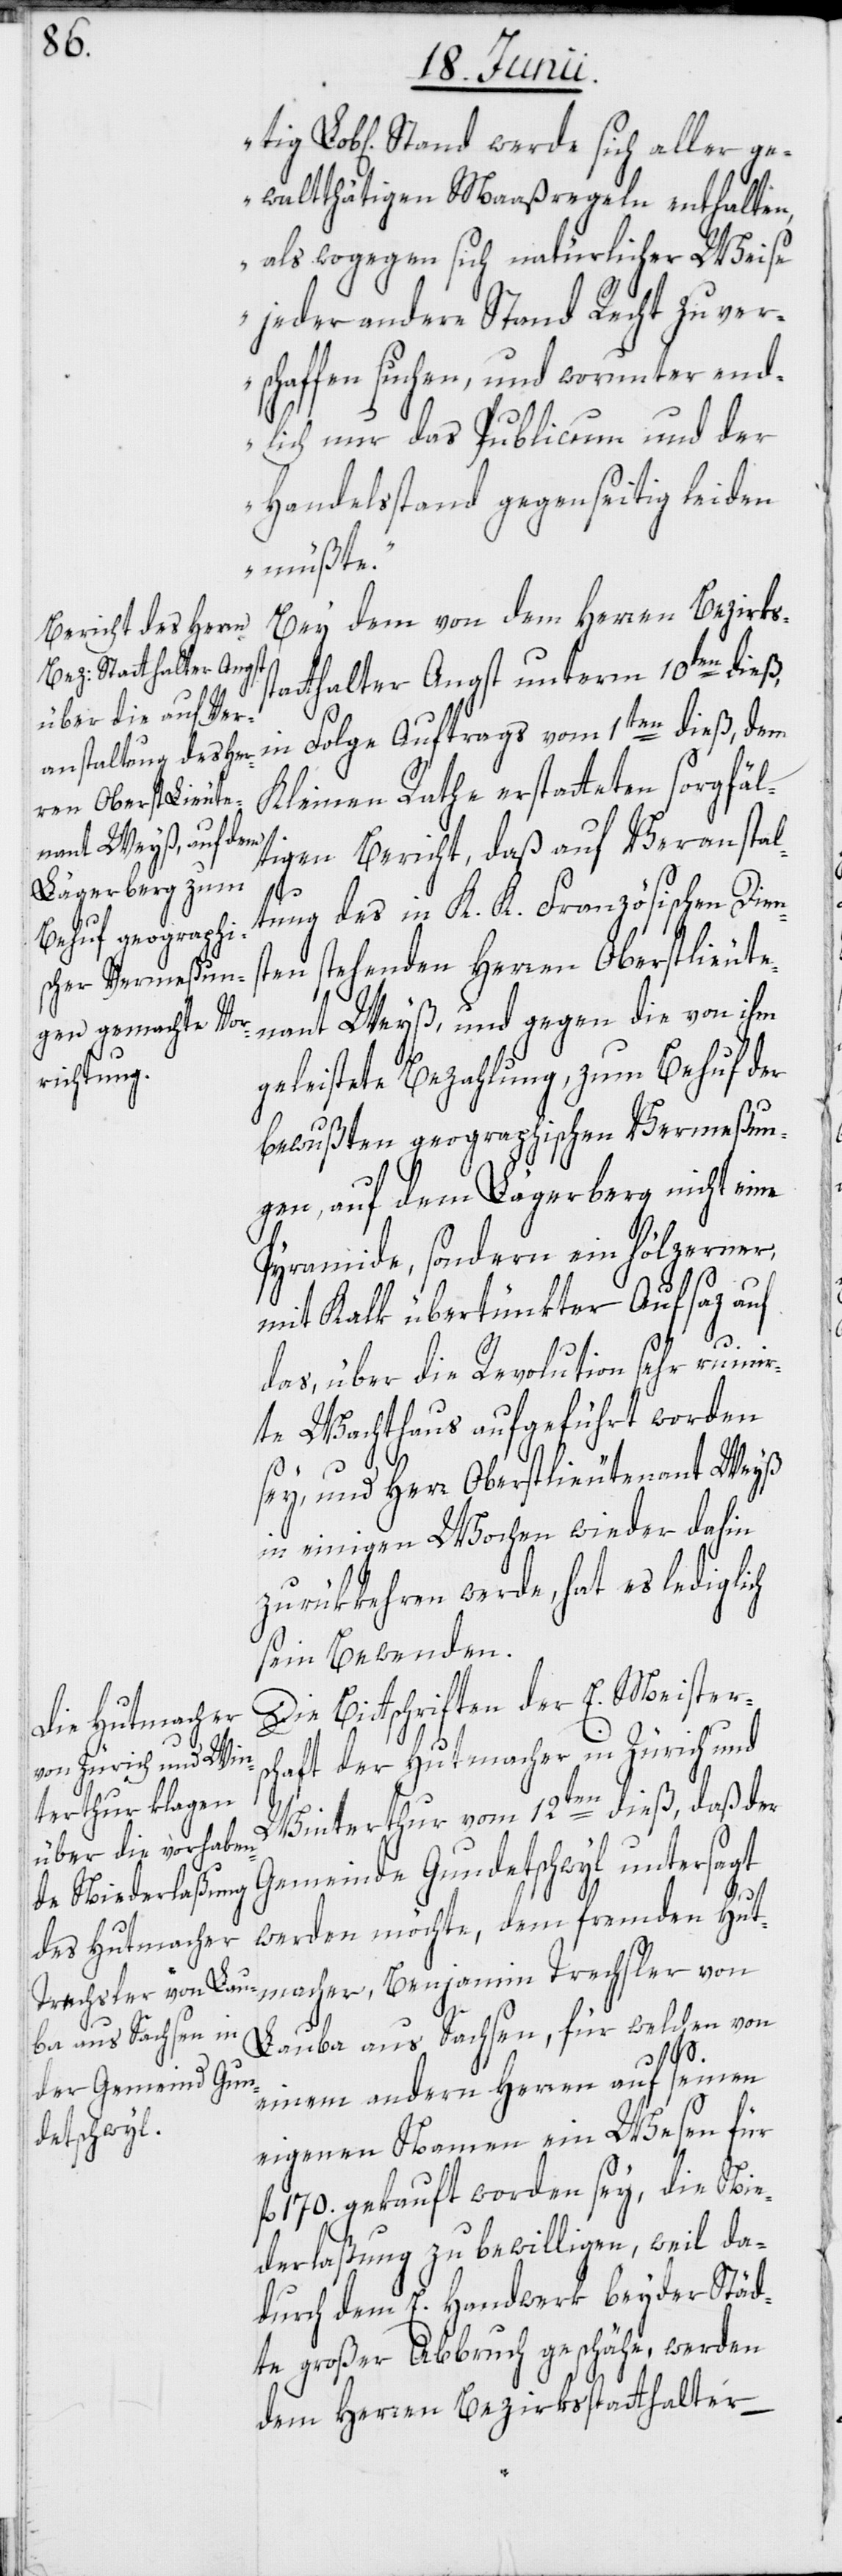
b[liche] Stand werde sich aller ge¬
waltthätigen Maaßregeln enthalten,
als wogegen sich natürlicher Weise
jeder andere Stand Recht zu ver¬
schaffen suchen, und worunter end¬
lich nur das Publicum und der
Handelsstand gegenseitig leiden
müßte.“
Bey dem von dem Herren Bezirks¬
thalter Angst unterm 10ten dieß,
in Folge Auftrags vom 1ten dieß, dem
Kleinen Rathe erstatteten sorgfäl¬
tigen Bericht, daß auf Veranstal¬
stat¬
tung des in K. K. Französischen Dien¬
sten stehenden Herren Oberstlieute¬
nant Weyß, und gegen die von ihm
geleistete Bezahlung, zum Behuf der
bewußten geographischen Vermeßun¬
gen, auf dem Lägerberg nicht eine
Pyramide, sondern ein hölzerner,
mit Kalk übertünkter Aufsaz auf
das, über die Revolution sehr ruinir¬
te Wachthaus aufgeführt worden
Lo¬
sey, und Herr Oberstlieutenant Weyß
in einigen Wochen wieder dahin
zurükkehren werde, hat es lediglich
sein Bewenden.
Die Bittschriften der E. Meisters¬
chaft der Hutmacher in Zürich und
Winterthur vom 12ten dieß, daß der
Gemeinde Gundetschwyl untersagt
werden möchte, dem fremden Hut¬
macher, Benjamin Trechsler von
Lauba aus Sachsen, für welchen von
einem andern Herren auf seinen
eigenen Namen ein Wesen für
fl. 170. gekauft worden sey, die Nie¬
derlaßung zu bewilligen, weil da¬
durch dem E. Handwerk beyder Städ¬
te großer Abbruch geschähe, werden
dem Herren Bezirksstatthalter